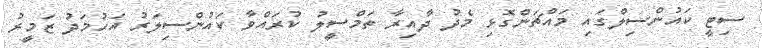
ސިޓީ ކައުންސިލްގައި މައްޗަންގޮޅި މެދު ދާއިރާ ތަމްސީލު ކުރައްވާ ކައުންސިލަރު އަހުމަދު ޒަމީރު